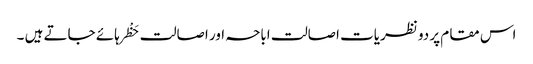
اس مقام پر دو نظریات اصالت اباحہ اور اصالت حَظْر ہائے جاتے ہیں ۔